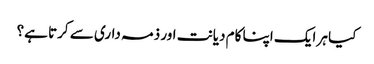
کیا ہر ایک اپنا کام دیانت اور ذمہ داری سے کرتا ہے؟